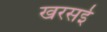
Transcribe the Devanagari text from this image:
खरसई